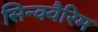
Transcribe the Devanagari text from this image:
सिन्क्वैरिम